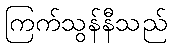
ကြက်သွန်နီသည်